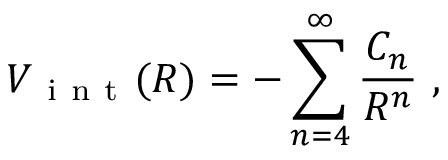
V _ { \mathrm { ~ i ~ n ~ t ~ } } ( R ) = - \sum _ { n = 4 } ^ { \infty } \frac { C _ { n } } { R ^ { n } } \ ,